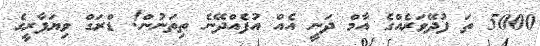
5000 ތަ ފުދޭވަރެއްގެ އާމް ދަނީ އެއް އުފެއްދޭނެ ތިތަނުން! ޑްރަގް ވިޔަފާރީގެ